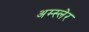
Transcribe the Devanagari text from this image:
अम्स्लेर